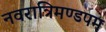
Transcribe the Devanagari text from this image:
नवरात्रिमण्डपम